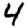
Digit: 4